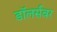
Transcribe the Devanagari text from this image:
डॉलर्सवर